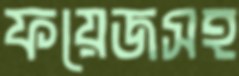
ফয়েজসহ